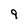
Character: 9